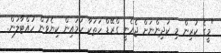
"މީގެ ކުރިން މި ކުދިންނަށް ޖެހެނީ ގްރޭޑް ހަތަކާ ހަމައިން ކިޔެވުން ހުއްޓާލަން.